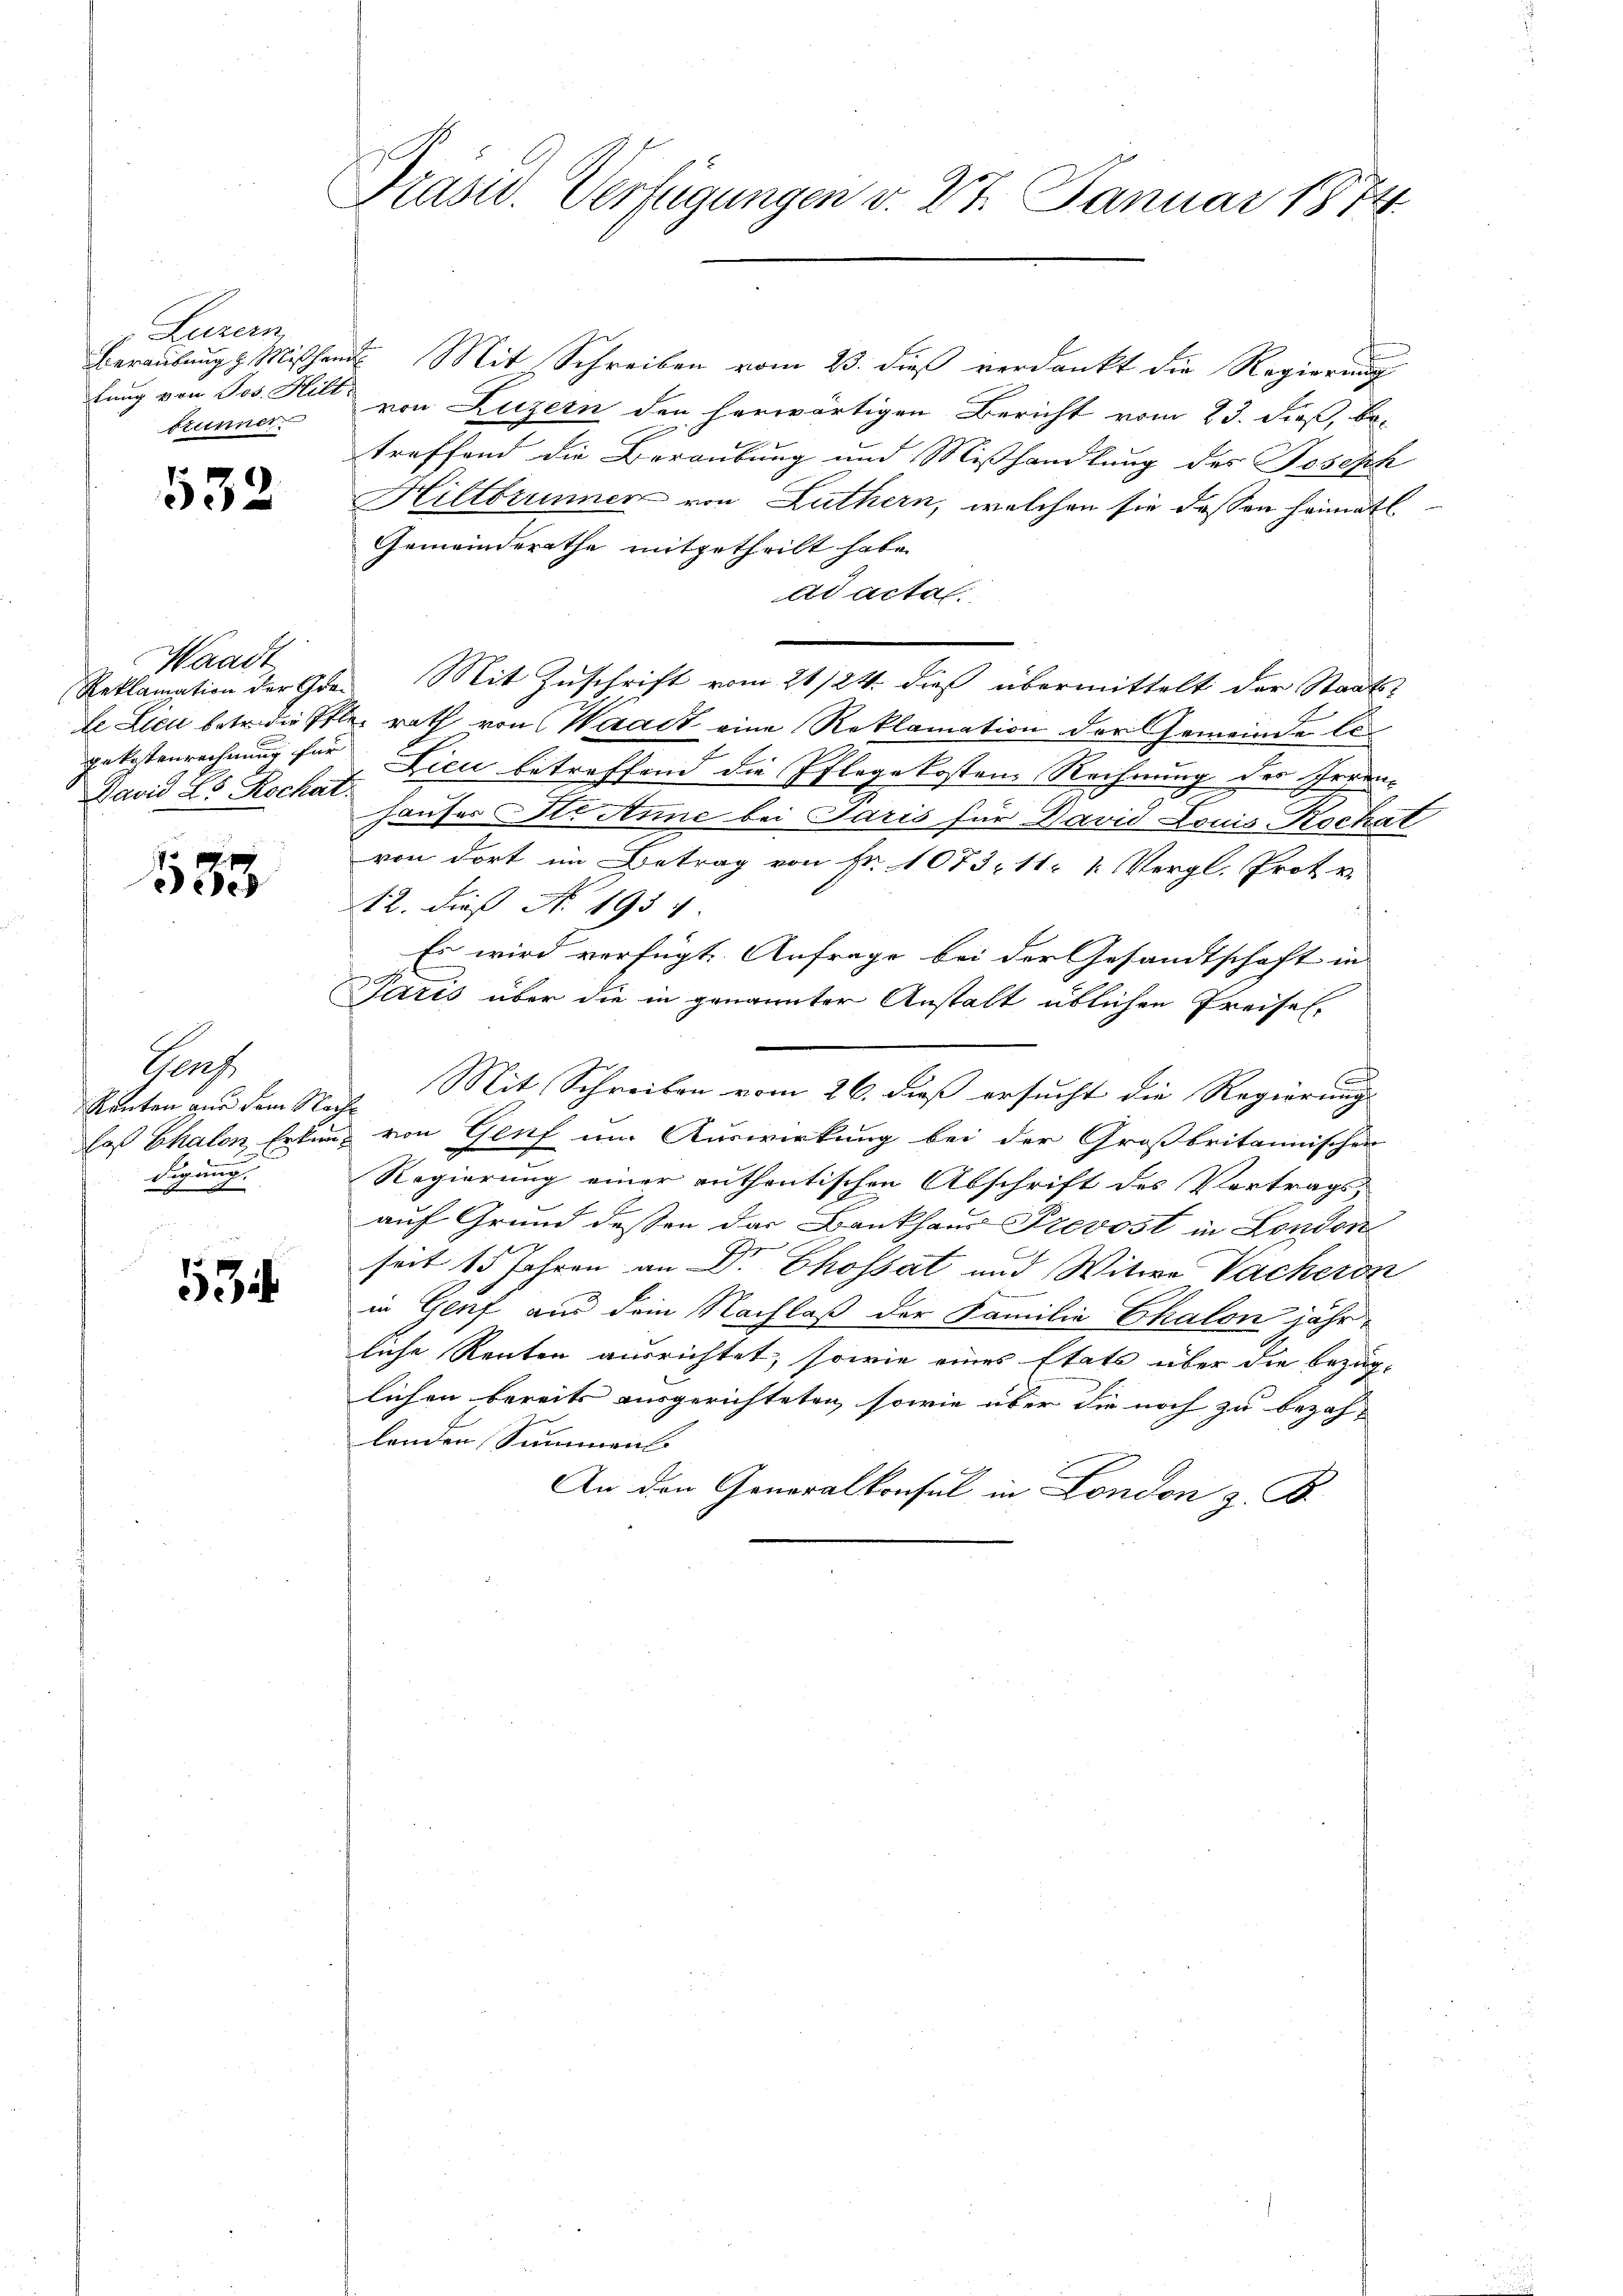
Luzern
tung von Jos. Hilt
brunner.

532

Waadt
David E. Rockat.

183

Porf.
Renten aus dem Nachdigung.

53

Präsid. Verfügungen v. 27. Januar 1874.

Beraubung Mißhand. Mit Schreiben vom 23. dieß verdankt die Regierung
von Luzern den herwärtigen Bericht vom 23. dieß, be-
treffend die Beraubung und Mißhandlung des Joseph
Hillbrunnen von Luthern, welchen sie dessen heimatl
Gemeindsrathe mitgetheilt habe.
Ad actal.
Reklamation der den Mit Zuschrift vom 21/24. dieß übermittelt der Staats-
de Lien betr. die le rath von Waadt eine Reklamation der Gemeinde Exgekostenrechnung für Lici betreffend die Pflegekosten Rechnung der Irrenhauses Sti Anne bei Paris für David Louis Rochat
von dort im Betrag von Fr. 1073, 11. 1. Vergl. Proto
A12. dieß No. 1954.
Es wird verfügt Anfrage bei der Gesandtschaft in
Paris über die in genannter Anstalt üblichen Kreisel-
Mit Schreiben vom 26. dieß ersucht die Regierungs
das Chalen Erkung von Genf um Auswirkung bei der Großbritannischen
Regierung einer ruthentischen Abschrift des Vertrags-
auf Grund dessen das Bankhaus Prevost in London
e
seit 15 Jahren an Dr Chossart und Witwe Vacheron
in Genf aus dem Nachlaß der Familie Chalon jähr
liche Renten ausrichtet, sowie eines Etats über die bezüg-
lichen bereits ausgerichteten, sowie über die noch zu bezahlenden Sammen
An den Generalkonsul in London z. B.